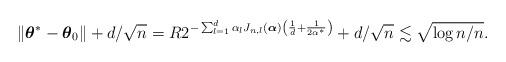
LaTeX: \begin{align*}\|\boldsymbol{\theta}^{*}-\boldsymbol{\theta}_0\|+d/\sqrt{n}=R2^{-\sum_{l=1}^d\alpha_lJ_{n,l}(\boldsymbol{\alpha})\left(\frac{1}{d}+\frac{1}{2\alpha^{*}}\right)}+d/\sqrt{n}\lesssim\sqrt{\log{n}/n}.\end{align*}